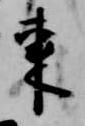
東